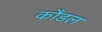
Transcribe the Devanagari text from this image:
कौंडल